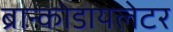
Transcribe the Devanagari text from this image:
ब्रान्कोडायलेटर